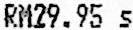
RM29.95 S